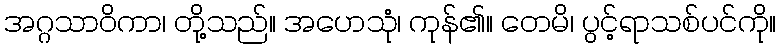
အဂ္ဂသာဝိကာ၊ တို့သည်။ အဟေသုံ၊ ကုန်၏။ တေမိ၊ ပွင့်ရာသစ်ပင်ကို။